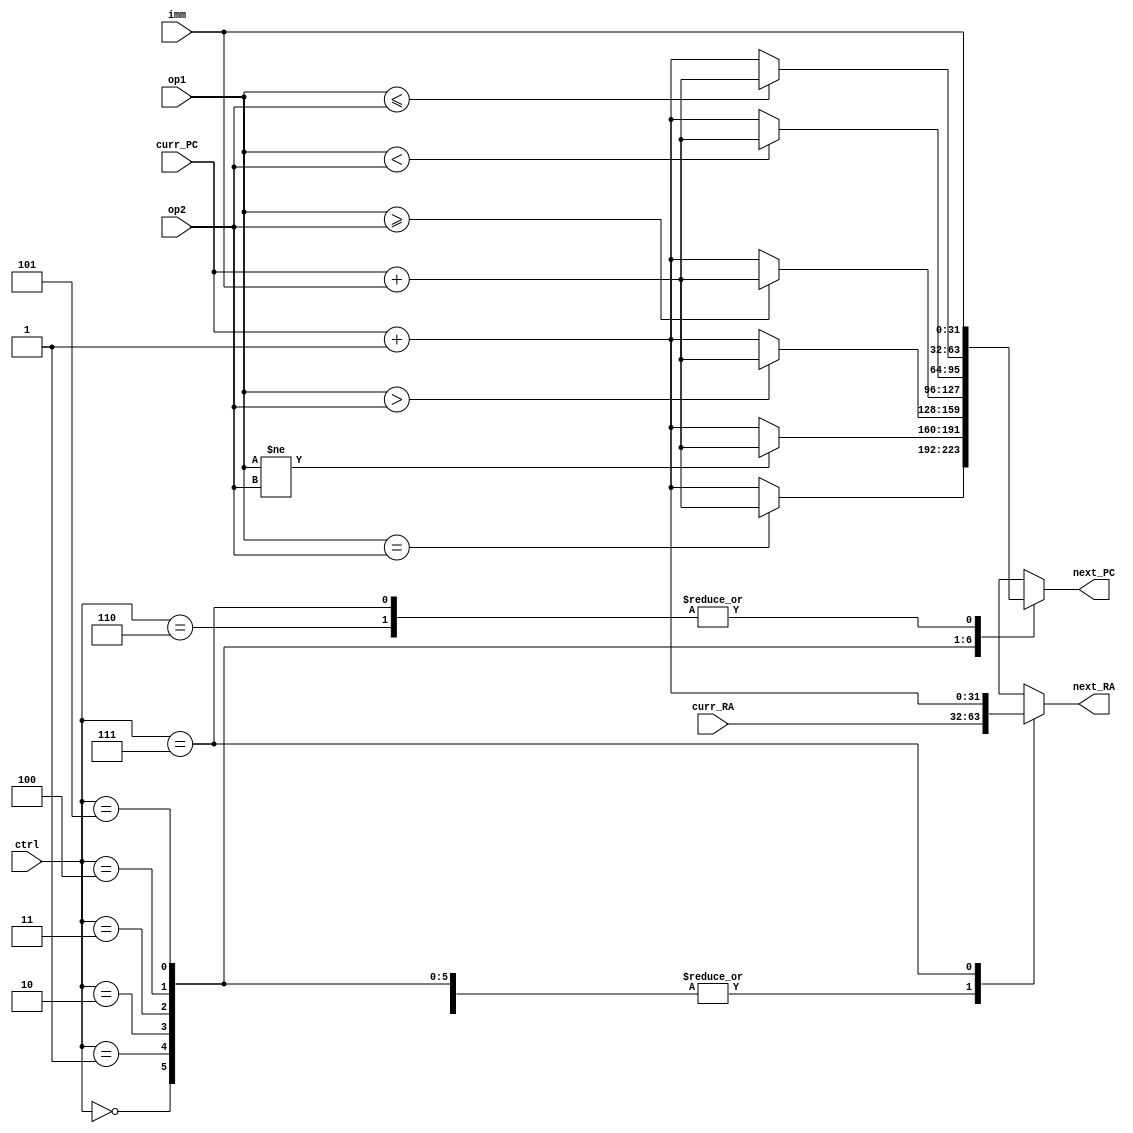
// Aditya Pratap Singh - 200053
// Siddheshwari Ramesh Madavi - 211036

module Branch_Unit(ctrl, curr_PC, op1, op2, next_PC, curr_RA, next_RA, imm);
	input wire [2:0] ctrl;
	input wire [31:0] curr_PC, curr_RA, imm;
	input wire signed [31:0] op1, op2;
	output reg [31:0] next_PC, next_RA;
	
	
	always @(ctrl, op1, op2, imm, curr_PC) begin
		case(ctrl)
			0:	begin	// beq
					if(op1 == op2) next_PC = curr_PC + imm;
					else next_PC = curr_PC + 1;
					next_RA = curr_RA;
				end
			1:  begin	// bne
					if(op1 != op2) next_PC = curr_PC + imm;
					else next_PC = curr_PC + 1;
					next_RA = curr_RA;
				end
			2:  begin	// bgt
					if(op1 > op2) next_PC = curr_PC + imm;
					else next_PC = curr_PC + 1;
					next_RA = curr_RA;
				end
			3:  begin	// bgte
					if(op1 >= op2) next_PC = curr_PC + imm;
					else next_PC = curr_PC + 1;
					next_RA = curr_RA;
				end
			4:  begin	// ble
					if(op1 < op2) next_PC = curr_PC + imm;
					else next_PC = curr_PC + 1;
					next_RA = curr_RA;
				end
			5:  begin	// bleq
					if(op1 <= op2) next_PC = curr_PC + imm;
					else next_PC = curr_PC + 1;
					next_RA = curr_RA;
				end
			6:	begin	// j or jr
					next_PC = imm;
					next_RA = curr_RA;
				end
			7:	begin	// jal
					next_RA = curr_PC + 1;
					next_PC = imm;	
				end
		endcase
	end
	
endmodule